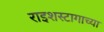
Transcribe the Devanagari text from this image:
राइशस्टागाच्या